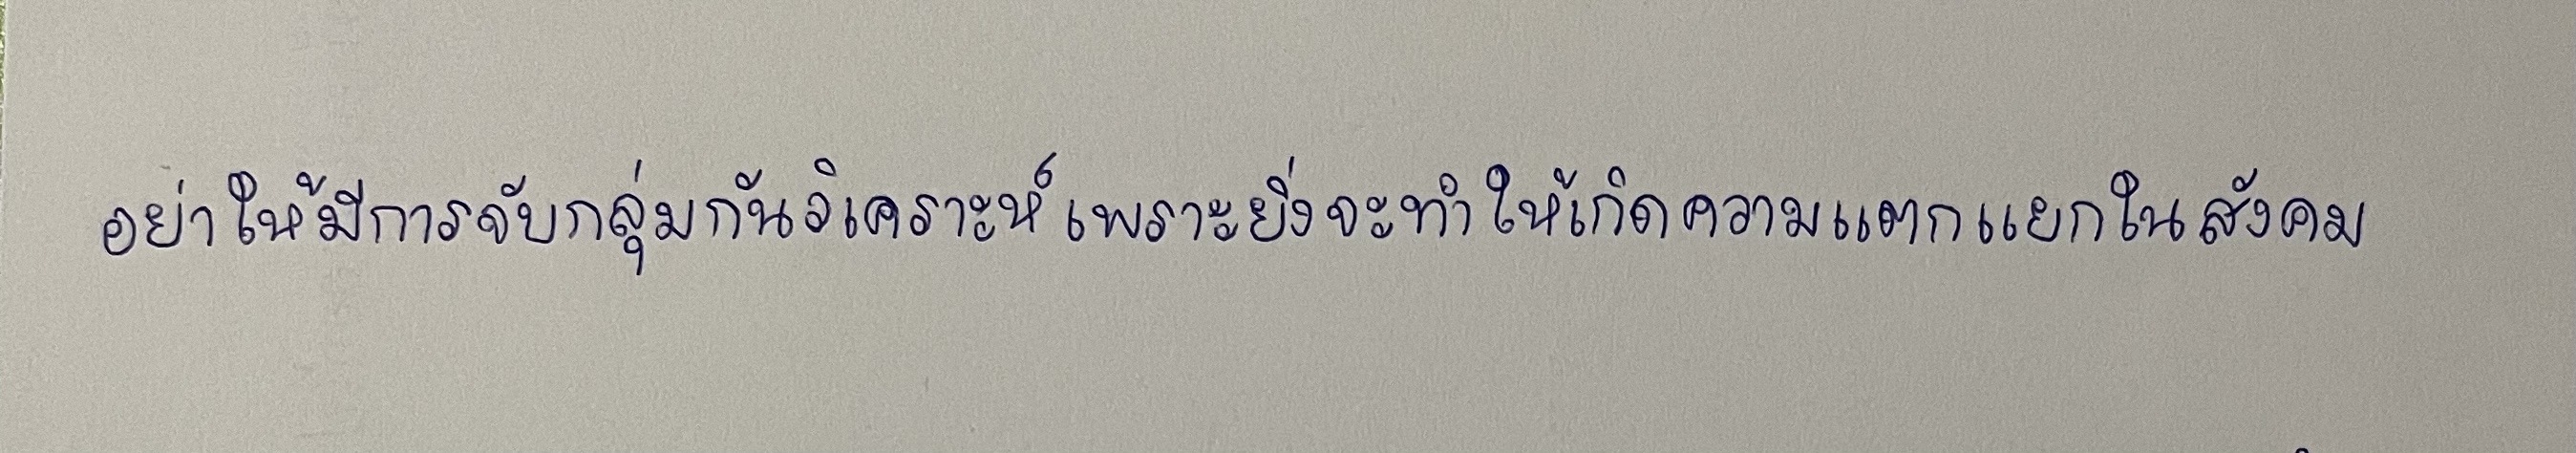
อย่าให้มีการจับกลุ่มกันวิเคราะห์เพราะยิ่งจะทำให้เกิดความแตกแยกในสังคม